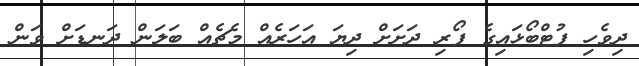
ދިވެހި ފުޓްބޯޅައިގެ ފޯރި ދަށަށް ދިޔަ އަހަރެއް މެޗެއް ބަލަން ދަނޑަށް ވަން